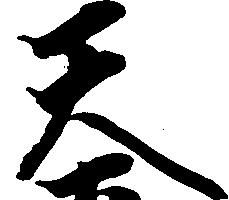
天